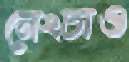
নেংচাও